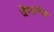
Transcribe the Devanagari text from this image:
वेंग्सनेस